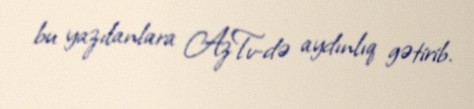
bu yazılanlara AzTv-də aydınlıq gətirib.